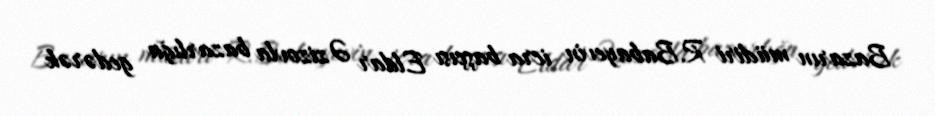
Bazarın müdiri R.Babayevin icra başçısı Eldar Əzizovla bazarlığa gedərək